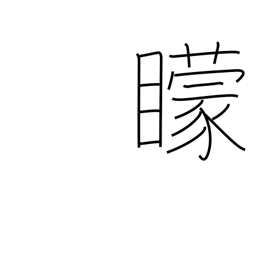
Meaning: blind